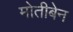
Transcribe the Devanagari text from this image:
मोतीबेन